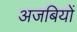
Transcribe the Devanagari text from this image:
अजबियों